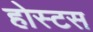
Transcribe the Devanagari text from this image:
होस्टस